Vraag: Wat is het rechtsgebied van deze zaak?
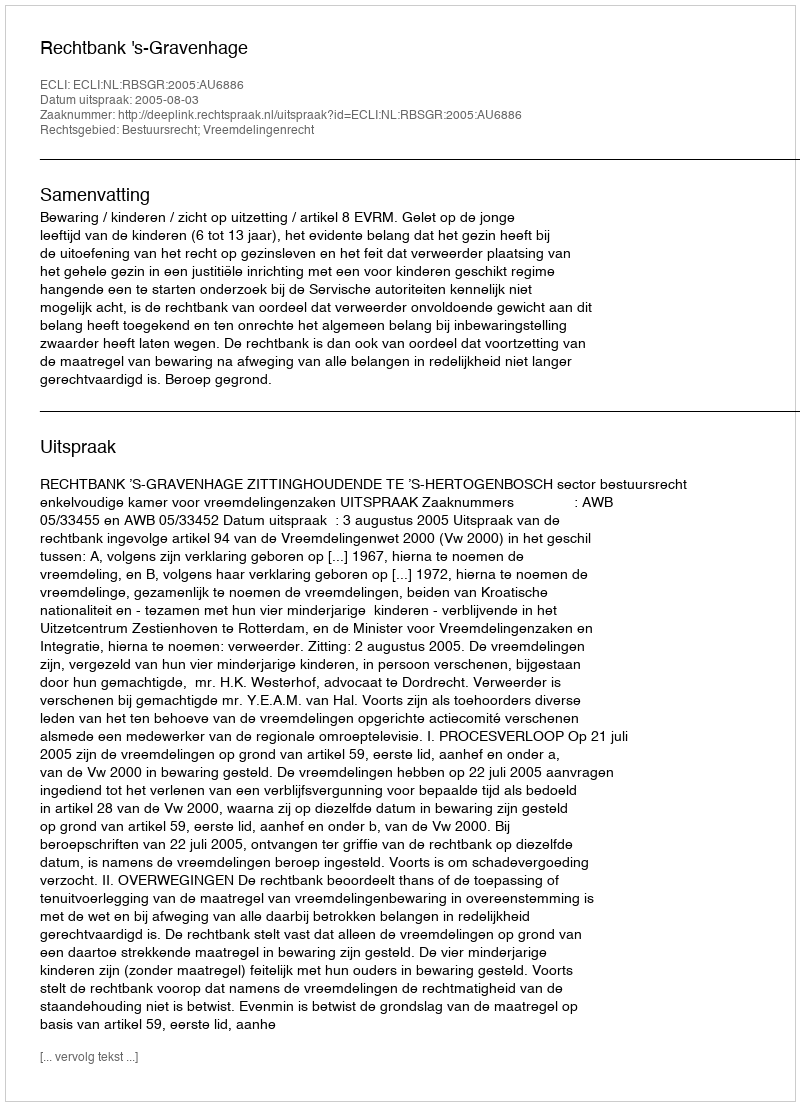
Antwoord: Bestuursrecht; Vreemdelingenrecht